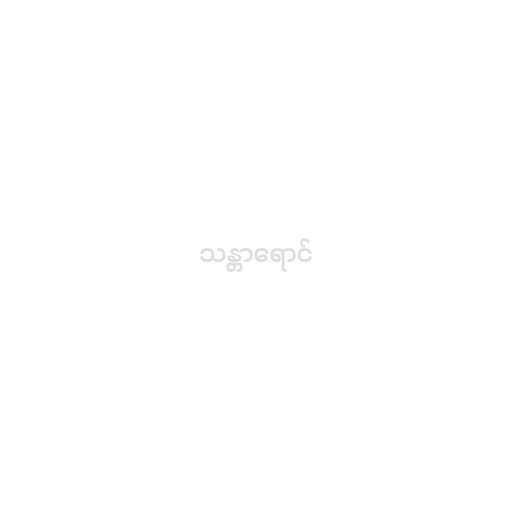
သန္တာရောင်